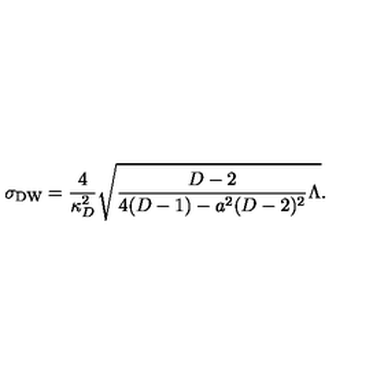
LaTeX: \sigma _ { \mathrm { D W } } = { \frac { 4 } { \kappa _ { D } ^ { 2 } } } \sqrt { { \frac { D - 2 } { 4 ( D - 1 ) - a ^ { 2 } ( D - 2 ) ^ { 2 } } } \Lambda } .